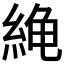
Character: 𫃧